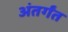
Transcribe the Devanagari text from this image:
अंतर्गंत